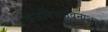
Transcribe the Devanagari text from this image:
त्रजविघ्नविनाशनः।